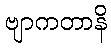
ဗျာကတာနိ